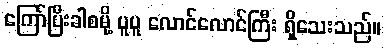
ကြော်ပြီးခါစမို့ ပူပူ လောင်လောင်ကြီး ရှိသေးသည်။